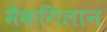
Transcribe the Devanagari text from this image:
मैकगिलान